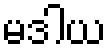
မဒါယ